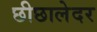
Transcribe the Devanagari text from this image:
छीछालेदर